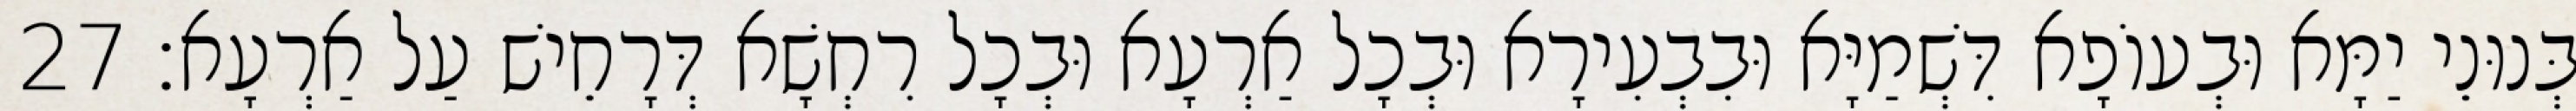
בְּנוּנֵי יַמָּא וּבְעוֹפָא דִּשְׁמַיָּא וּבִבְעִירָא וּבְכָל אַרְעָא וּבְכָל רִחְשָׁא דְּרָחֵישׁ עַל אַרְעָא׃ 27